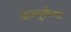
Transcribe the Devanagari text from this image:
अज्युलेण्ट